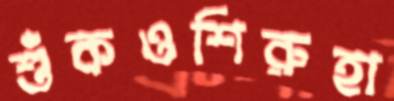
শুঁকওশিরুহা